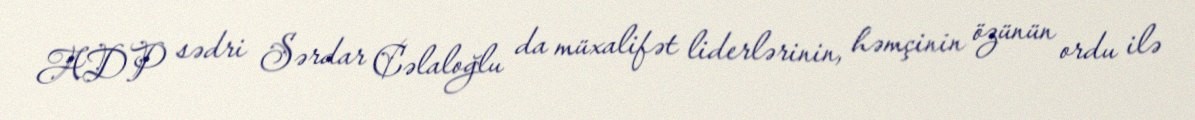
ADP sədri Sərdar Cəlaloğlu da müxalifət liderlərinin, həmçinin özünün ordu ilə